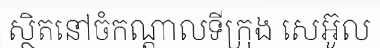
ស្ថិតនៅចំកណ្តាលទីក្រុង សេអ៊ូល